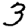
Digit: 3